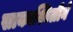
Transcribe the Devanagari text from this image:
साकाश्विलीने